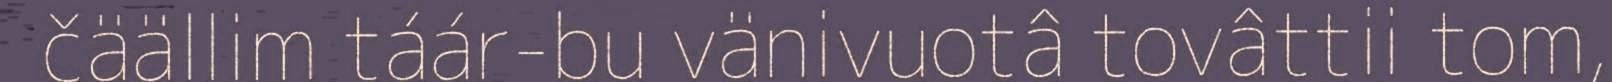
čäällim táár-bu vänivuotâ tovâttii tom,